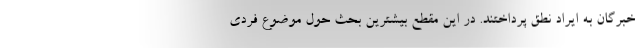
خبرگان به ایراد نطق پرداختند. در این مقطع بیشترین بحث حول موضوع فردی